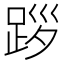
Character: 𨀨